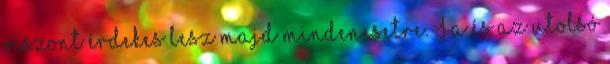
viszont érdekes lesz majd mindenesetre. Ja és az utolsó